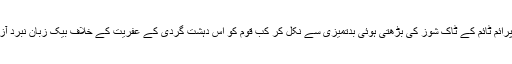
ہمارا آزاد میڈیا پرائم ٹائم کے ٹاک شوز کی بڑھتی ہوئی بدتمیزی سے نکل کر کب قوم کو اس دہشت گردی کے عفریت کے خلاف بیک زبان نبرد آزما نظر آئے گا؟